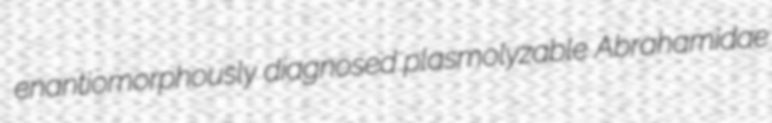
enantiomorphously diagnosed plasmolyzable Abrahamidae